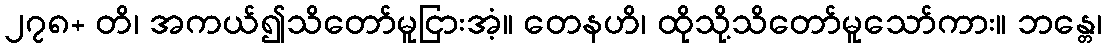
၂၇၈+ တိ၊ အကယ်၍သိတော်မူငြားအံ့။ တေနဟိ၊ ထိုသို့သိတော်မူသော်ကား။ ဘန္တေ၊